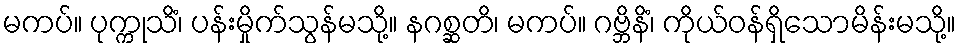
မကပ်။ ပုက္ကုသိံ၊ ပန်းမှိုက်သွန်မသို့။ နဂစ္ဆတိ၊ မကပ်။ ဂဗ္ဘိနိံ၊ ကိုယ်ဝန်ရှိသောမိန်းမသို့။